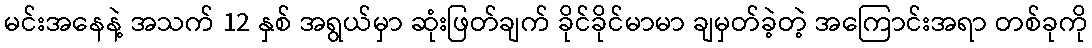
မင်းအနေနဲ့ အသက် 12 နှစ် အရွယ်မှာ ဆုံးဖြတ်ချက် ခိုင်ခိုင်မာမာ ချမှတ်ခဲ့တဲ့ အကြောင်းအရာ တစ်ခုကို